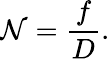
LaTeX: \mathcal{N}={\frac{{f}}{{D}}}.